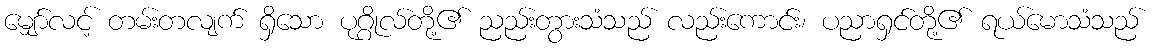
မျှော်လင့် တမ်းတလျက် ရှိသော ပုဂ္ဂိုလ်တို့၏ ညည်းတွားသံသည် လည်းကောင်း၊ ပညာရှင်တို့၏ ရယ်မောသံသည်